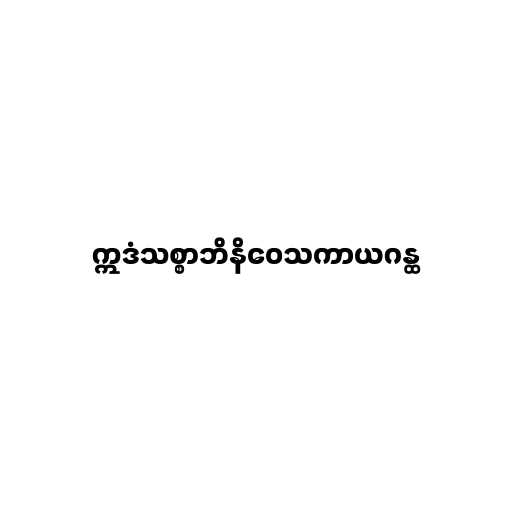
ဣဒံသစ္စာဘိနိဝေသကာယဂန္ထ